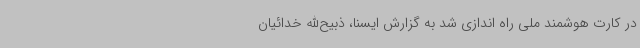
در کارت هوشمند ملی راه اندازی شد به گزارش ایسنا، ذبیح‌الله خدائیان